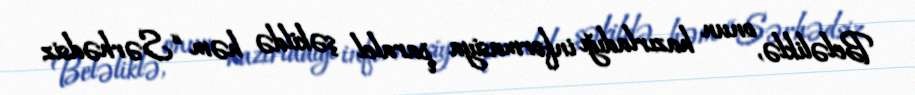
Beləliklə, onun hazırladığı informasiya paralel şəkildə həm “Sərhədsiz